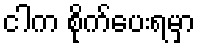
ငါက စိုက်ပေးရမှာ